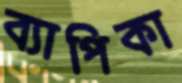
ব্যাপিকা